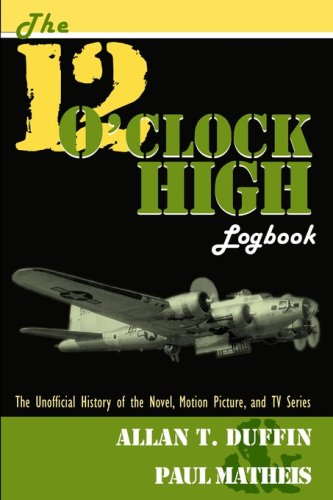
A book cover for The 12 O'Clock High Logbook; Allan T. Duffin; Humor & Entertainment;